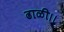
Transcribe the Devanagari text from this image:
ढाळी।।